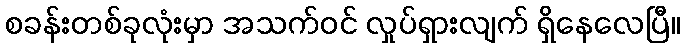
စခန်းတစ်ခုလုံးမှာ အသက်ဝင် လှုပ်ရှားလျက် ရှိနေလေပြီ။